Indian journal of veterinary science and animal husbandry - Volumes 15-17, 1948-1951
Year: 1948
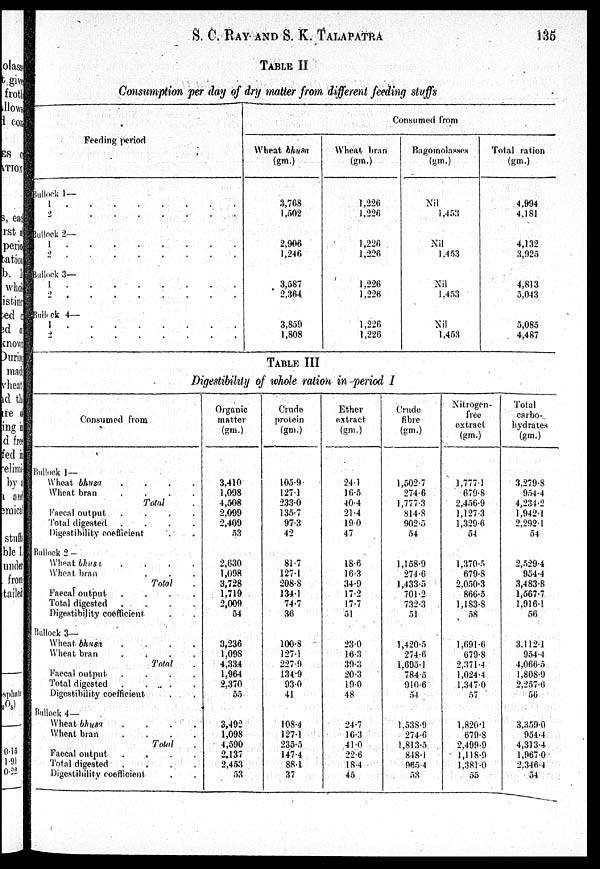
S. C. RAY AND S. K.
TALAPATRA
135
TABLE II
Consumption per day of dry matter from different feeding stuffs
Feeding period
Bullock 1 —
1
.
.
.
.
.
.
2
.
.
.
.
.
.
.
Bullock 2—
1
.
.
.
.
.
.
2 .
.
.
.
.
.
Bullock 3—
1
.
.
.
.
.
.
2 . . . . . .
Bullock 4—
1
.
.
.
.
.
.
2 . . . . . .
Consumed from
Wheat bhusa
(gm.)
3,768
1,502
2,906
1,246
3,587
2,364
3,859
1,808
Wheat bran
(gm.)
1,226
1,226
1,226
1,226
1,226
1,226
1,226
1,226
Bagomolasses
(gm.)
Nil
1,453
Nil
1,453
Nil
1,453
Nil
1,453
Total ration
(gm.)
4,994
4,181
4,132
3,925
4,813
5,043
5,085
4,487
TABLE III
Digestibility of whole ration in period I
Consumed from
Bullock 1 —
Wheat bhusa
.
.
.
.
Wheat bran
.
.
.
.
Total .
Faecal output
.
.
.
.
Total digested
.
.
.
.
Digestibility coefficient
Bullock 2 —
Wheat bhusa .
.
.
.
Wheat bran . . .
Total .
Faecal output
.
.
.
.
Total digested
.
. . .
Digestibility coefficient . .
Bullock 3—
Wheat bhusa .
.
.
.
Wheat bran
.
.
.
.
Total .
Faecal output
.
.
.
.
Total digested
.
.
.
.
Digestibility coefficient . .
Bullock 4—
Wheat bhusa
.
.
.
.
Wheat bran
.
.
.
.
Total .
Faecal output
.
.
.
.
Total digested
.
.
.
.
Digestibility coefficient . .
Organic
matter
(gm.)
3,410
1,098
4,508
2,099
2,409
53
2,630
1,098
3,728
1.719
2,009
54
3,236
1,098
4,334
1,964
2,370
55
3,492
1,098
4,590
2,137
2,453
53
Crude
protein
(gm.)
105.9
127.1
233.0
135.7
97.3
42
81.7
127.1
208.8
134.1
74.7
36
100.8
127.1
227.9
134.9
93.0
41
108.4
127.1
235.5
147.4
88.1
37
Ether
extract
(gm.)
24.1
16.5
40.4
21.4
19.0
47
18.6
16.3
34.9
17.2
17.7
51
23.0
16.3
39.3
20.3
19.0
48
24.7
16.3
41.0
22.6
18.4
45
Crude
fibre
(gm.)
1,502.7
274.6
1,777.3
814.8
902.5
54
1,158.9
274.6
1,433.5
701.2
732.3
51
1,420.5
274.6
1,695.1
784.5
910.6
54
1,538.9
274.6
1,813.5
848.1
965.4
53
Nitrogen-
free
extract
(gm.)
1,777.1
679.8
2,456.9
1,127.3
1,329.6
54
1,370.5
679.8
2,050.3
866.5
1,183.8
58
1,691.6
679.8
2.371.4
1,024.4
1,347.0
57
1,820.1
679.8
2,499.9
1,118.9
1,381.0
55
Total
carbo-
hydrates
(gm.)
3,279.8
954.4
4,234.2
1,942.1
2,292.1
54
2,529.4
954.4
3,483.8
1,567.7
1,916.1
56
3,112.1
954.4
4,066.5
1,808.9
2,257.6
56
3,359.0
954.4
4,313.4
1,967.0
2,346.4
54